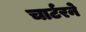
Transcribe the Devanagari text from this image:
चार्टरने